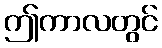
ဤကာလတွင်